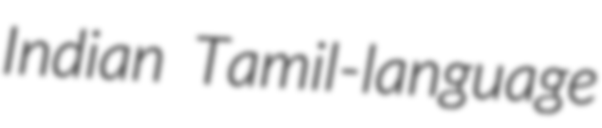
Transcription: Indian Tamil-language